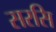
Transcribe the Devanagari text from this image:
सरसि